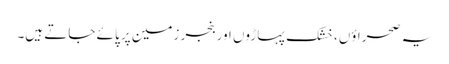
یہ صحراؤں، خشک پہاڑوں اور بنجر زمین پر پائے جاتے ہیں۔